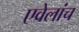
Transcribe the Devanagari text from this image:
एवेलांच